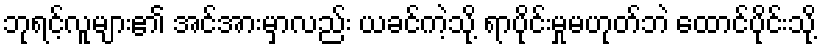
ဘုရင့်လူများ၏ အင်အားမှာလည်း ယခင်ကဲ့သို့ ရာပိုင်းမှုမဟုတ်ဘဲ ထောင်ပိုင်းသို့